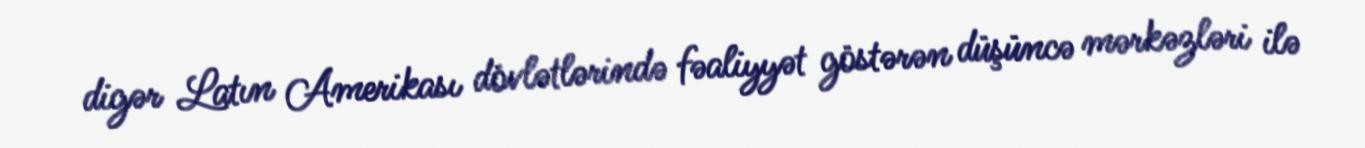
digər Latın Amerikası dövlətlərində fəaliyyət göstərən düşüncə mərkəzləri ilə